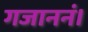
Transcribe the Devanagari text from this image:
गजाननं।